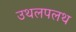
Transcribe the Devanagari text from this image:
उथलपलथ